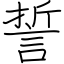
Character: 誓